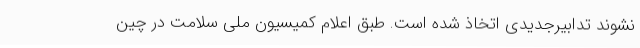
نشوند تدابیرجدیدی اتخاذ شده است. طبق اعلام کمیسیون ملی سلامت در چین